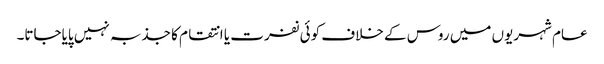
عام شہریوں میں روس کے خلاف کوئی نفرت یا انتقام کا جذبہ نہیں پایاجاتا۔